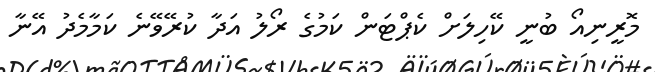
މޮރީނިއޯ ބުނީ ކޭހިލަށް ކެޕްޓަން ކަމުގެ ރޯލު އަދާ ކުރޭވޭނެ ކަމާމެދު އޭނާ